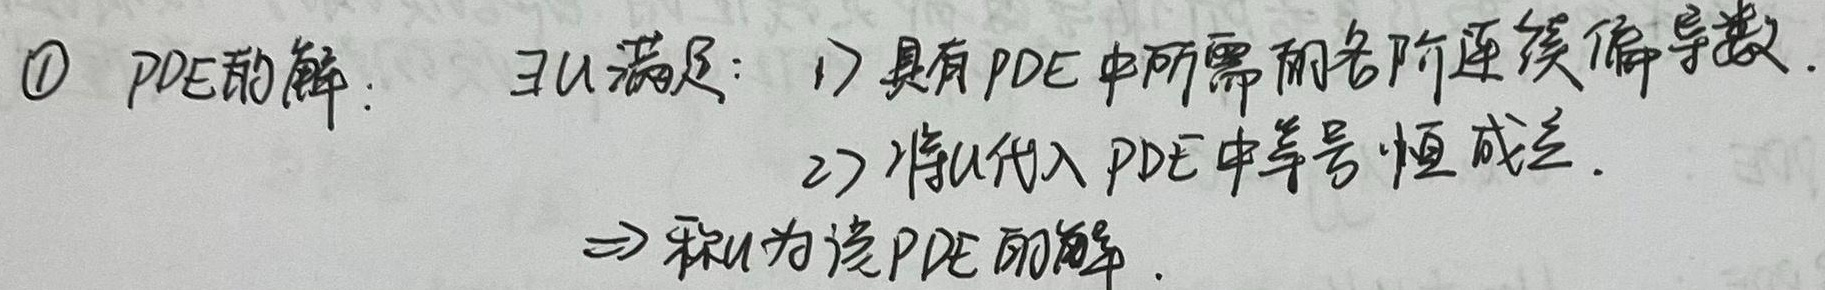
\textcircled{1} PDE的解：存在 \(u\) 满足：1）具有PDE中所需的各阶连续偏导数。2）将 \(u\) 代入PDE中等号恒成立。\(\Rightarrow\) 称 \(u\) 为该PDE的解。